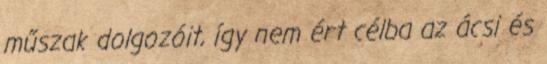
műszak dolgozóit, így nem ért célba az ácsi és